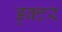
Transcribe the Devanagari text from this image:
ड्क्टर